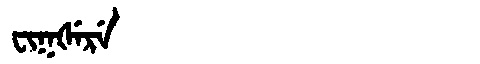
Manchu: ᠸᡳᡴᡧᡝᡵᡝ
Romanization: FIKŠERE